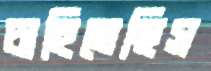
চাহিতেছিস